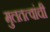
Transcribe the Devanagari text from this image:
मुलतत्वांची